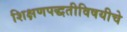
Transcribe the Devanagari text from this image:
शिक्षणपद्धतीविषयीचे